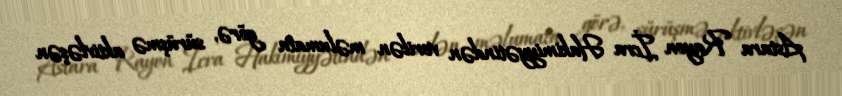
Astara Rayon İcra Hakimiyyətindən verilən məlumata görə, sürüşmə aktivləşən